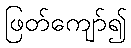
ဖြတ်ကျော်၍